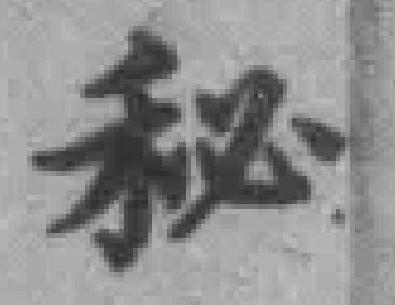
秘